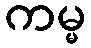
ကမ္မ